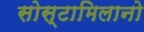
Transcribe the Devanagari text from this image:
सोस्टामिलानो